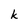
Character: k